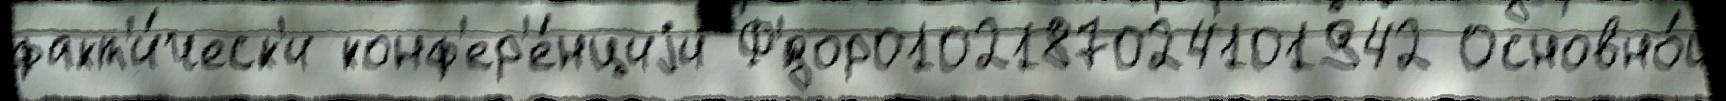
факт'и́ческ'и конф'ер'е́нциjи Ф'́дор0102187024101942 Основно́й